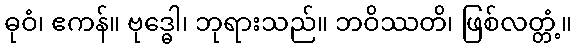
ဓုဝံ၊ ဧကန်။ ဗုဒ္ဓေါ၊ ဘုရားသည်။ ဘဝိဿတိ၊ ဖြစ်လတ္တံ့။